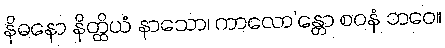
နိဓနော နိတ္ထိယံ နာသော၊ ကာလော’န္တော စဝနံ ဘဝေ။